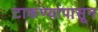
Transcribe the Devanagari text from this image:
टाकण्यापासून